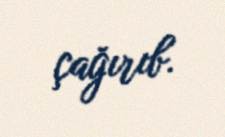
çağırıb.